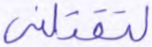
لتقتلني